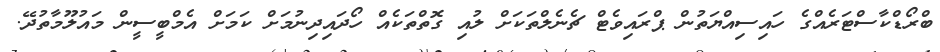
ބްރޯޑްކާސްޓަރެއްގެ ހައިސިއްޔަތުން ޕްރައިވެޓް ޗެނެލްތަކަށް ލުއި ގޮތްތަކެއް ހޯދައިދިނުމަށް ކަމަށް އެމްބީސީން މައުލޫމާތުދޭ.